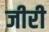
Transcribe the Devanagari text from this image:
जीरी